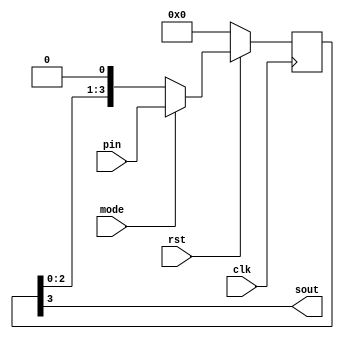
`timescale 1ns / 1ps
//////////////////////////////////////////////////////////////////////////////////
// Company: 
// Engineer: 
// 
// Design Name: 
// Module Name:    PISO 
// Project Name: 
// Target Devices: 
// Tool versions: 
// Description: 
//
// Dependencies: 
//
// Revision: 
// Revision 0.01 - File Created
// Additional Comments: 
//
//////////////////////////////////////////////////////////////////////////////////
module PISO(pin, sout, clk, mode, rst);
	input [3:0]pin;
	input clk, mode, rst;
	output sout;
	reg [3:0]q;
	
	always @(posedge clk)
	begin
	if(!rst)
	begin
		q <= 0;
		end
		
	else if(mode)
	begin
		q <= pin;
		end
		
	else
	begin
		q <= {q[2:0], 1'b0};
	end
end	
	assign sout = q[3];
	
endmodule